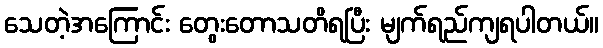
သေတဲ့အကြောင်း တွေးတောသတိရပြီး မျက်ရည်ကျရပါတယ်။